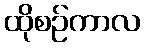
ထိုစဉ်ကာလ